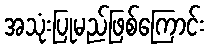
အသုံးပြုမည်ဖြစ်ကြောင်း